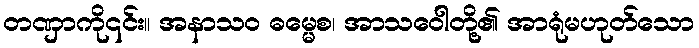
တဏှာကို၎င်း။ အနာသဝ ဓမ္မေစ၊ အာသဝေါတို့၏ အာရုံမဟုတ်သော